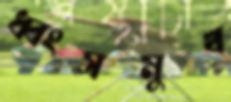
ধ্বংসমুখ